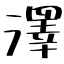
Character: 澤